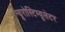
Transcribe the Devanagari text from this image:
न्यूरोस्टिम्यूलेटर